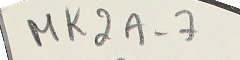
MK2A-7